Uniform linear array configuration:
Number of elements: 4
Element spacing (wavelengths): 0.75
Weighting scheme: exponential
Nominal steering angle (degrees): -15
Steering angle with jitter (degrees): -16.382
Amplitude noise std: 0.05
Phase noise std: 0.05

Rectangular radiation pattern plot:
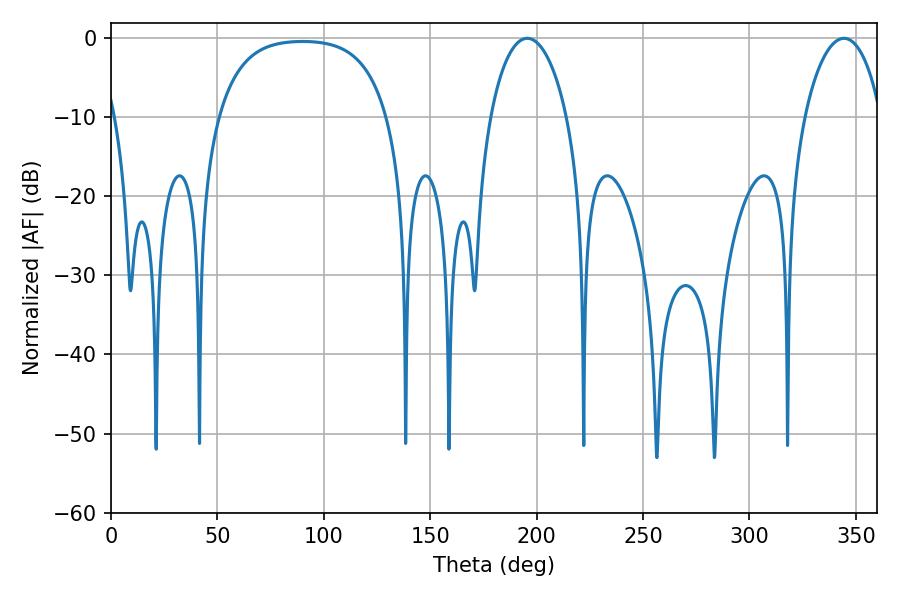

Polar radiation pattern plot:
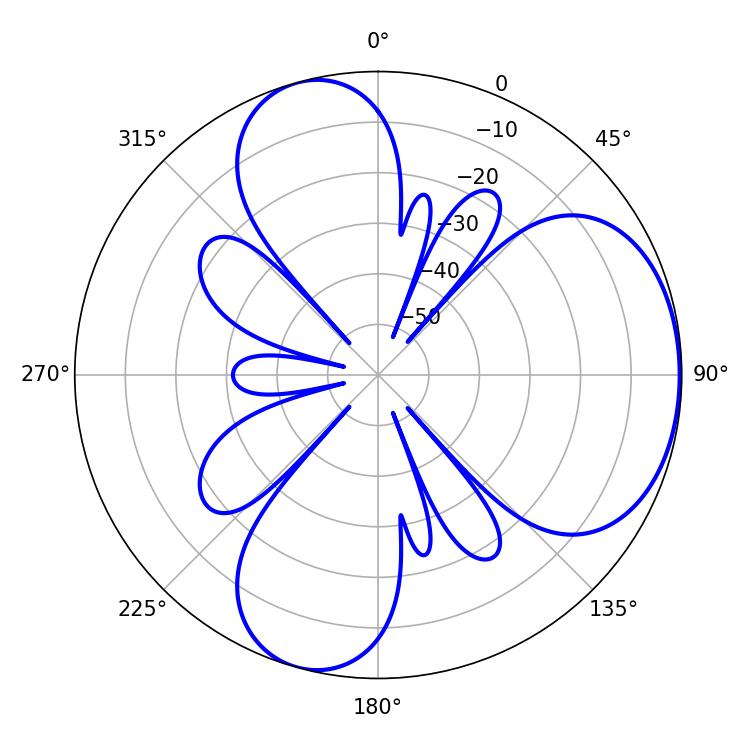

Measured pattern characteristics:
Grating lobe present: TRUE
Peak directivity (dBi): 5.089
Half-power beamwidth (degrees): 20.52
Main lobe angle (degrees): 195.66